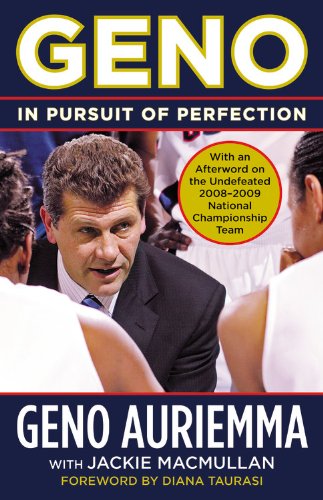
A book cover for Geno: In Pursuit of Perfection; Geno Auriemma; Biographies & Memoirs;